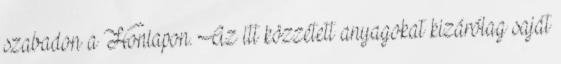
szabadon a Honlapon. Az itt közzétett anyagokat kizárólag saját